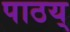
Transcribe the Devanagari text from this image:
पाठय्